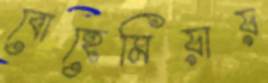
বোহেমিয়ায়